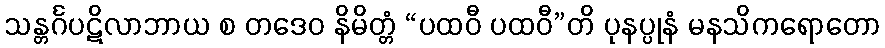
သန္တင်္ဂပဋိလာဘာယ စ တဒေဝ နိမိတ္တံ “ပထဝီ ပထဝီ”တိ ပုနပ္ပုနံ မနသိကရောတော